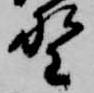
野